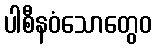
ပါစီနဝံသောတွေဝ